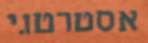
אסטרטגי